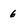
Character: 6